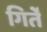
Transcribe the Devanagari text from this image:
गिर्तें